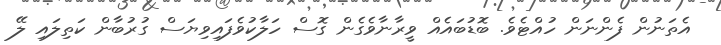
އެތަނުން ފެންނަން ހުއްޓެވެ. ބޮޑުބައެއް ވީރާނާވެގެން ގޮސް ހަލާކުވެފައިވިޔަސް ގުރުބާން ކަތިލައި ލޭ